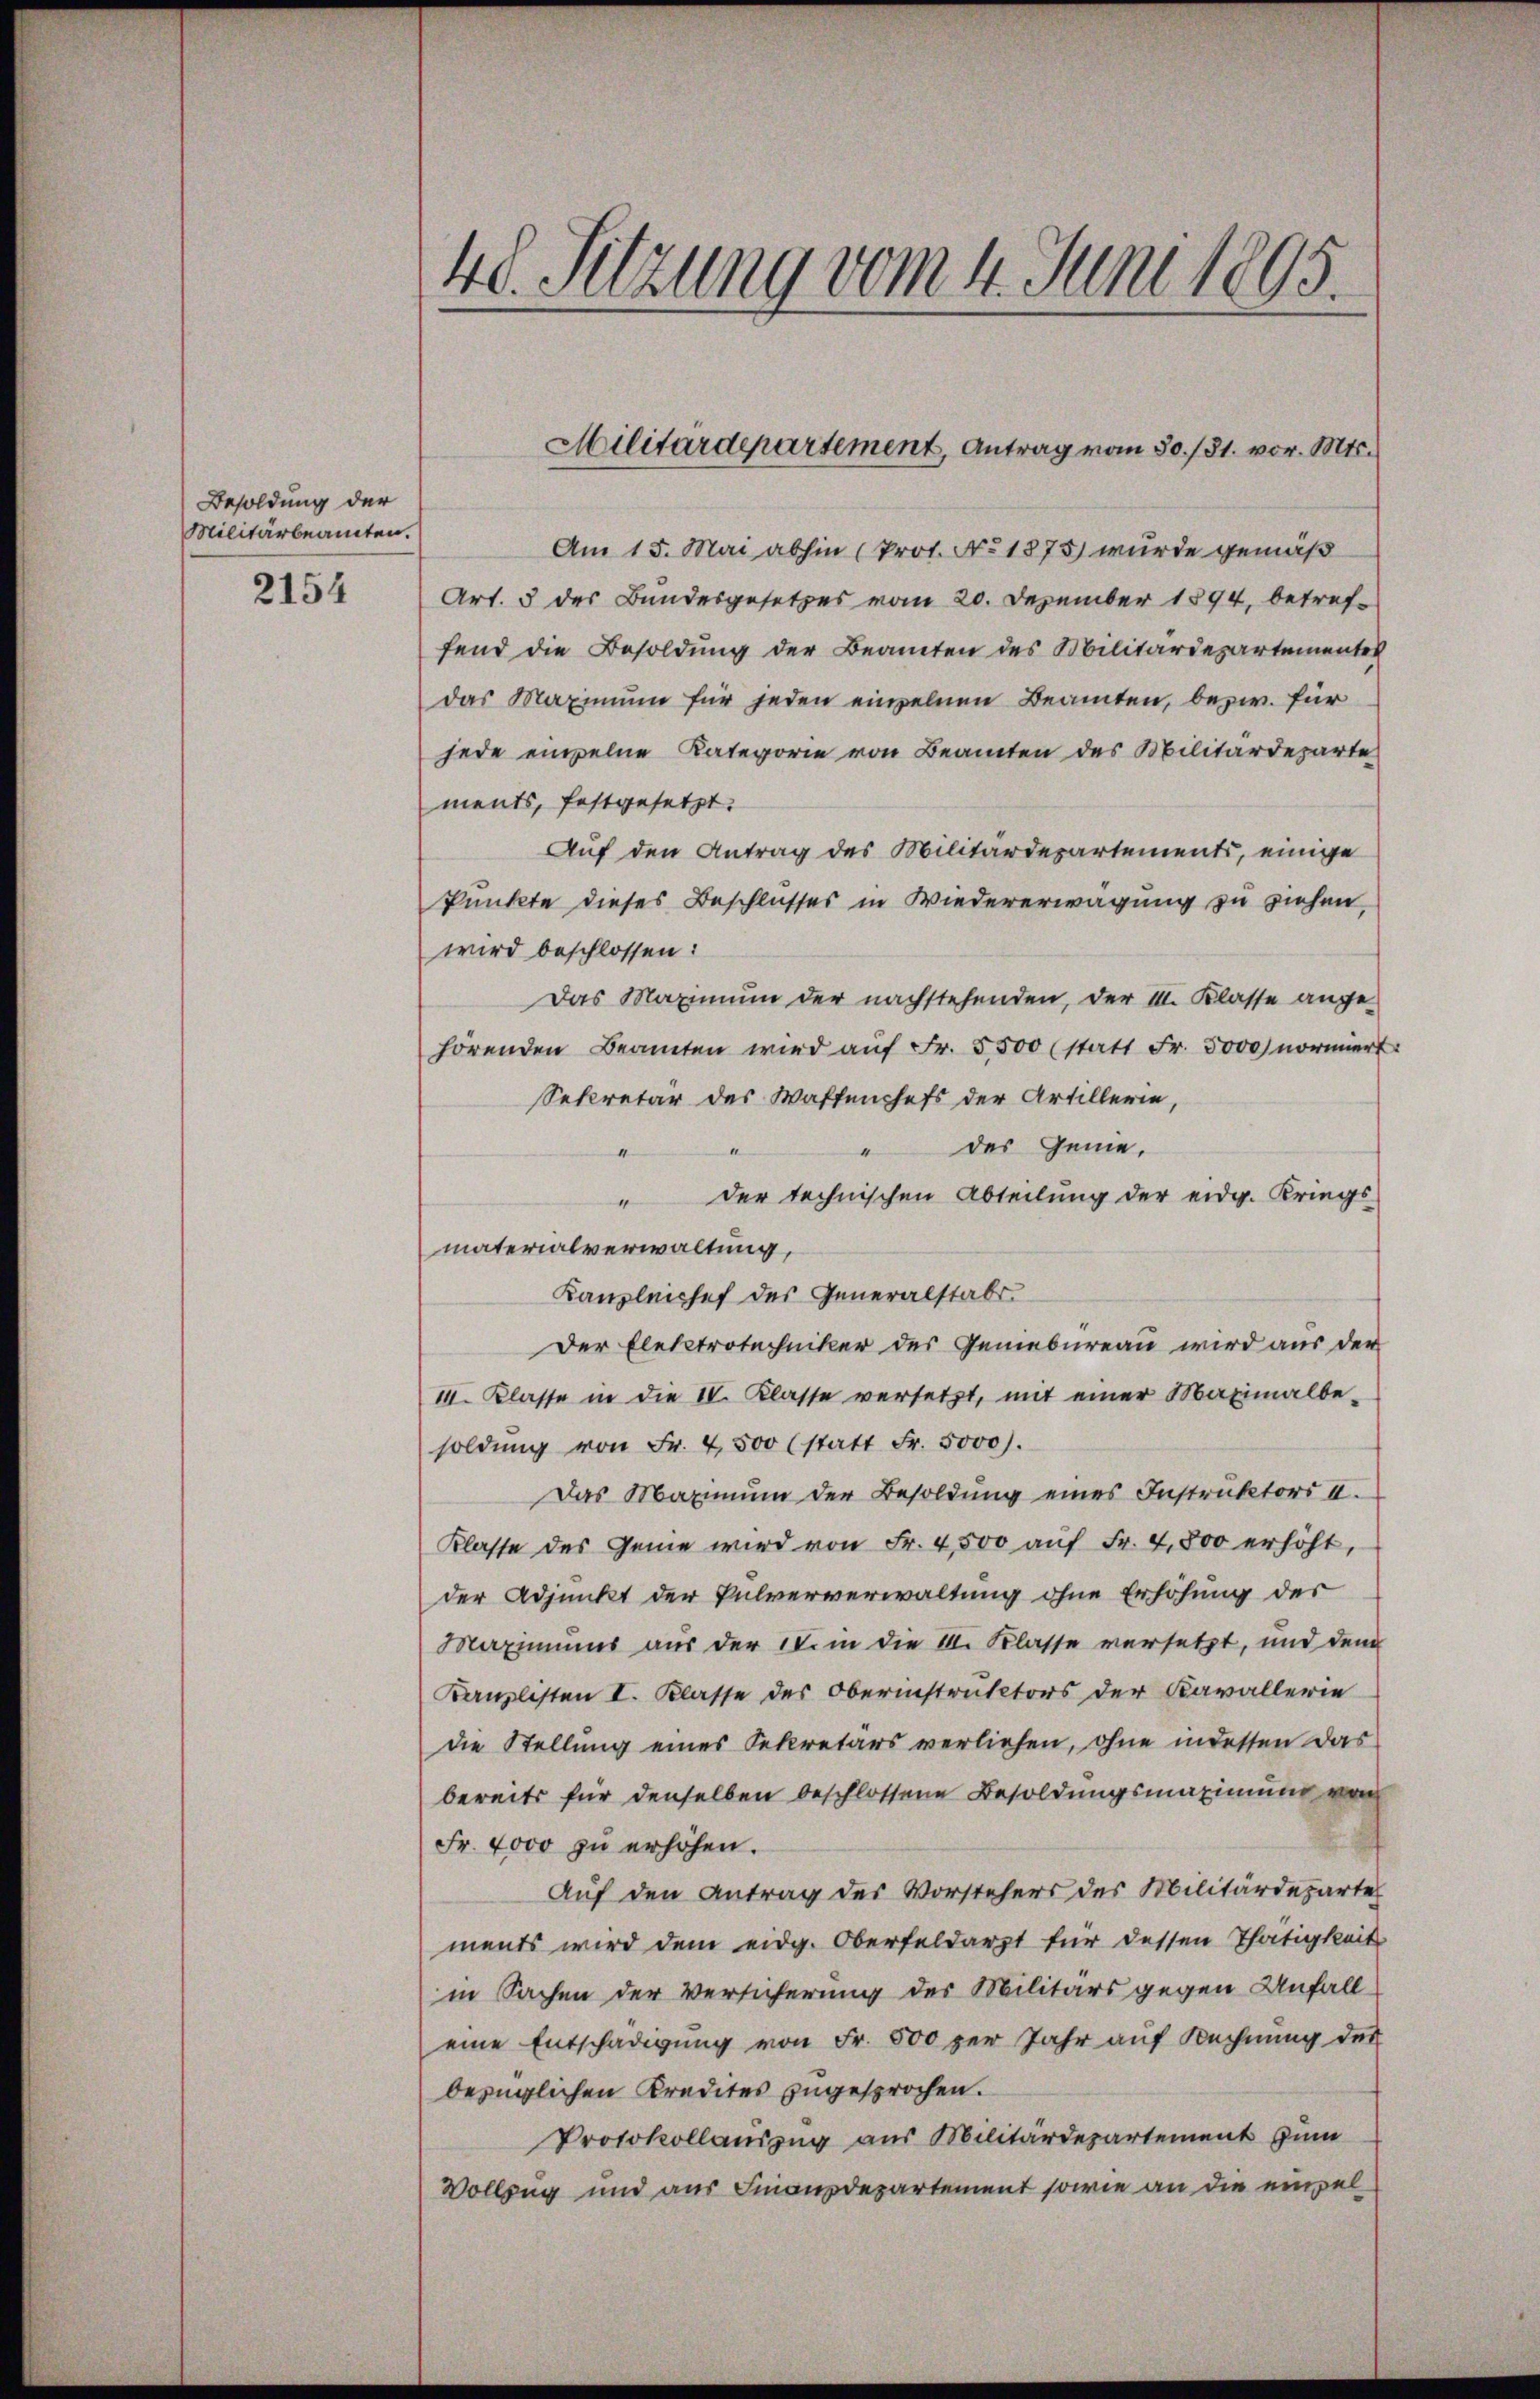
Besoldung der
Militärbeamten.

2154

48. Setzung vom 4. Juni 1805.

Am 15. Mai abhin (Prot. No 1875 wurde gemäß
Art. 3 des Bundesgesetzes vom 20. Dezember 1894, betreffend die Besoldung der Beamten des Militärdepartementen
das Maximum für jeden einzelnen Beamten, bezw. für
jede einzelne Kategorie von Beamten des Militärdeparte
ments, festgesetzt.
Auf den Antrag des Militärdepartements, einige
Punkte dieses Beschlusses in Wiedererwägung zu ziehen,
wird beschlossen:
Das Maximum der nachstehenden, der I. Klasse ange-
hörenden Beamten wird aŭf Fr. 5500 (statt Fr. 5000 normiert.
Sekretär des Waffenhefs der Artillerie,
des Geneder technischen Abteilung der eidg. Kriegs
“
materialverwaltung
Kanzleichef des Generalstabs-
Der Elektrotechniker des Geniebureau wird aus der
II. Klasse in die IV. Klasse versetzt, mit einer Maximalbe-
soldŭng von Fr. 4500 (statt Fr. 5000.
Das Maximŭm der Besoldŭng eines Instruktori II.
Klasse des Genie wird von Fr. 4500 auf Fr. 4,800 erhöht,
der Adjunkt der Pulververwaltung ohne Erhöhung der
Maximums aus der 10. in die II. Klasse versetzt, und dem
Kanzlisten I. Klasse des Oberinstruktors der Kavallerie
die Stellung eines Sekretärs verliehen, ohne indessen das
bereits für denselben beschlossene Besoldungsmaximung von
Fr. 4000 zu erhöhen.
Auf den Antrag des Vorstehers des Militärdepartes
ments wird dem eidg. Oberfeldarzt für dessen Thätigkeit
in Sachen der Versicherung des Militärs gegen Unfall
eine Entschädigung von Fr. 500 per Jahr auf Rechnung des
bezüglichen Kredites zugesprochen.
Protokollauszug aus Militärdepartement zum
Vollzug und aus Finanzdepartement sowie an die empel¬

Militärdepartement, Antrag vom 30./31. vor. Mts.